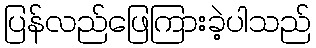
ပြန်လည်ဖြေကြားခဲ့ပါသည်